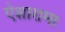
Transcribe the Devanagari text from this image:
ऐशारामा